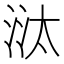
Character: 㳲